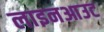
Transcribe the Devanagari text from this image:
लाइनआउट